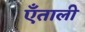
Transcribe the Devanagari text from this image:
एँताली